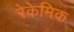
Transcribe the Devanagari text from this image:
रेकेमिक